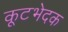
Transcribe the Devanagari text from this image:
कूटभेदक